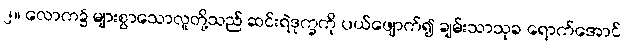
၂။ လောက၌ များစွာသောလူတို့သည် ဆင်းရဲဒုက္ခကို ပယ်ဖျောက်၍ ချမ်းသာသုခ ရောက်အောင်